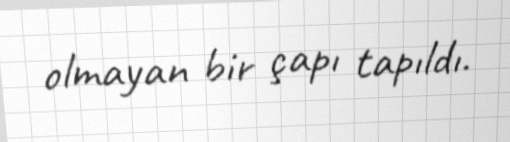
olmayan bir çapı tapıldı.